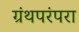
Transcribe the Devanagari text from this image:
ग्रंथपरंपरा